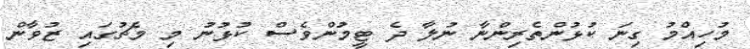
މުހިއްމު ގިނަ ކުޅުންތެރިންނާ ނުލާ ދެ ޓީމުންވެސް ކުޅުނު މި މެޗުގައި ޒުވާން